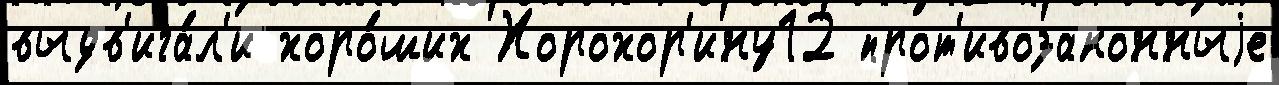
выдв'ига́л'и хоро́ших Хорохор'ину12 прот'ивозаконныjе